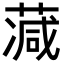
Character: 𦸮